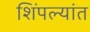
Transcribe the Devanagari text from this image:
शिंपल्यांत